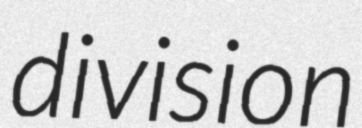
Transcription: division